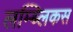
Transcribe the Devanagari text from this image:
लम्ब्लिकस